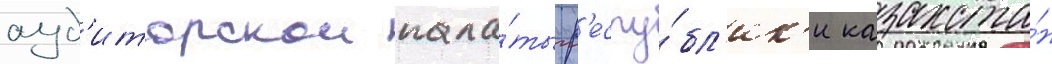
ауд'иторскои пала́ты р'еспу́бл'ик'и казахста́н